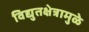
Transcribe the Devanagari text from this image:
विद्युतक्षेत्रामुळे